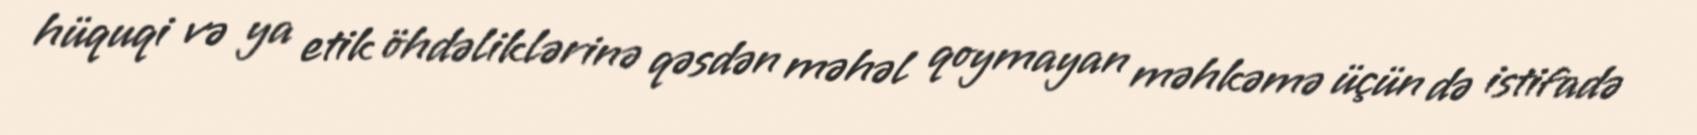
hüquqi və ya etik öhdəliklərinə qəsdən məhəl qoymayan məhkəmə üçün də istifadə